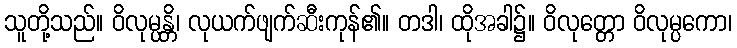
သူတို့သည်။ ဝိလုမ္ပန္တိ၊ လုယက်ဖျက်ဆီးကုန်၏။ တဒါ၊ ထိုအခါ၌။ ဝိလုတ္တော ဝိလုမ္ပကော၊